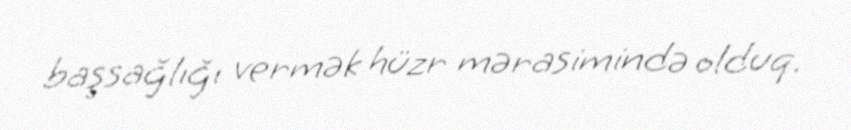
başsağlığı vermək hüzr mərasimində olduq.